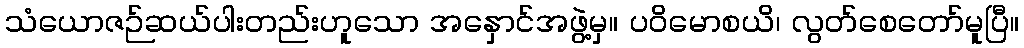
သံယောဇဉ်ဆယ်ပါးတည်းဟူသော အနှောင်အဖွဲ့မှ။ ပဝိမောစယိ၊ လွတ်စေတော်မူပြီ။